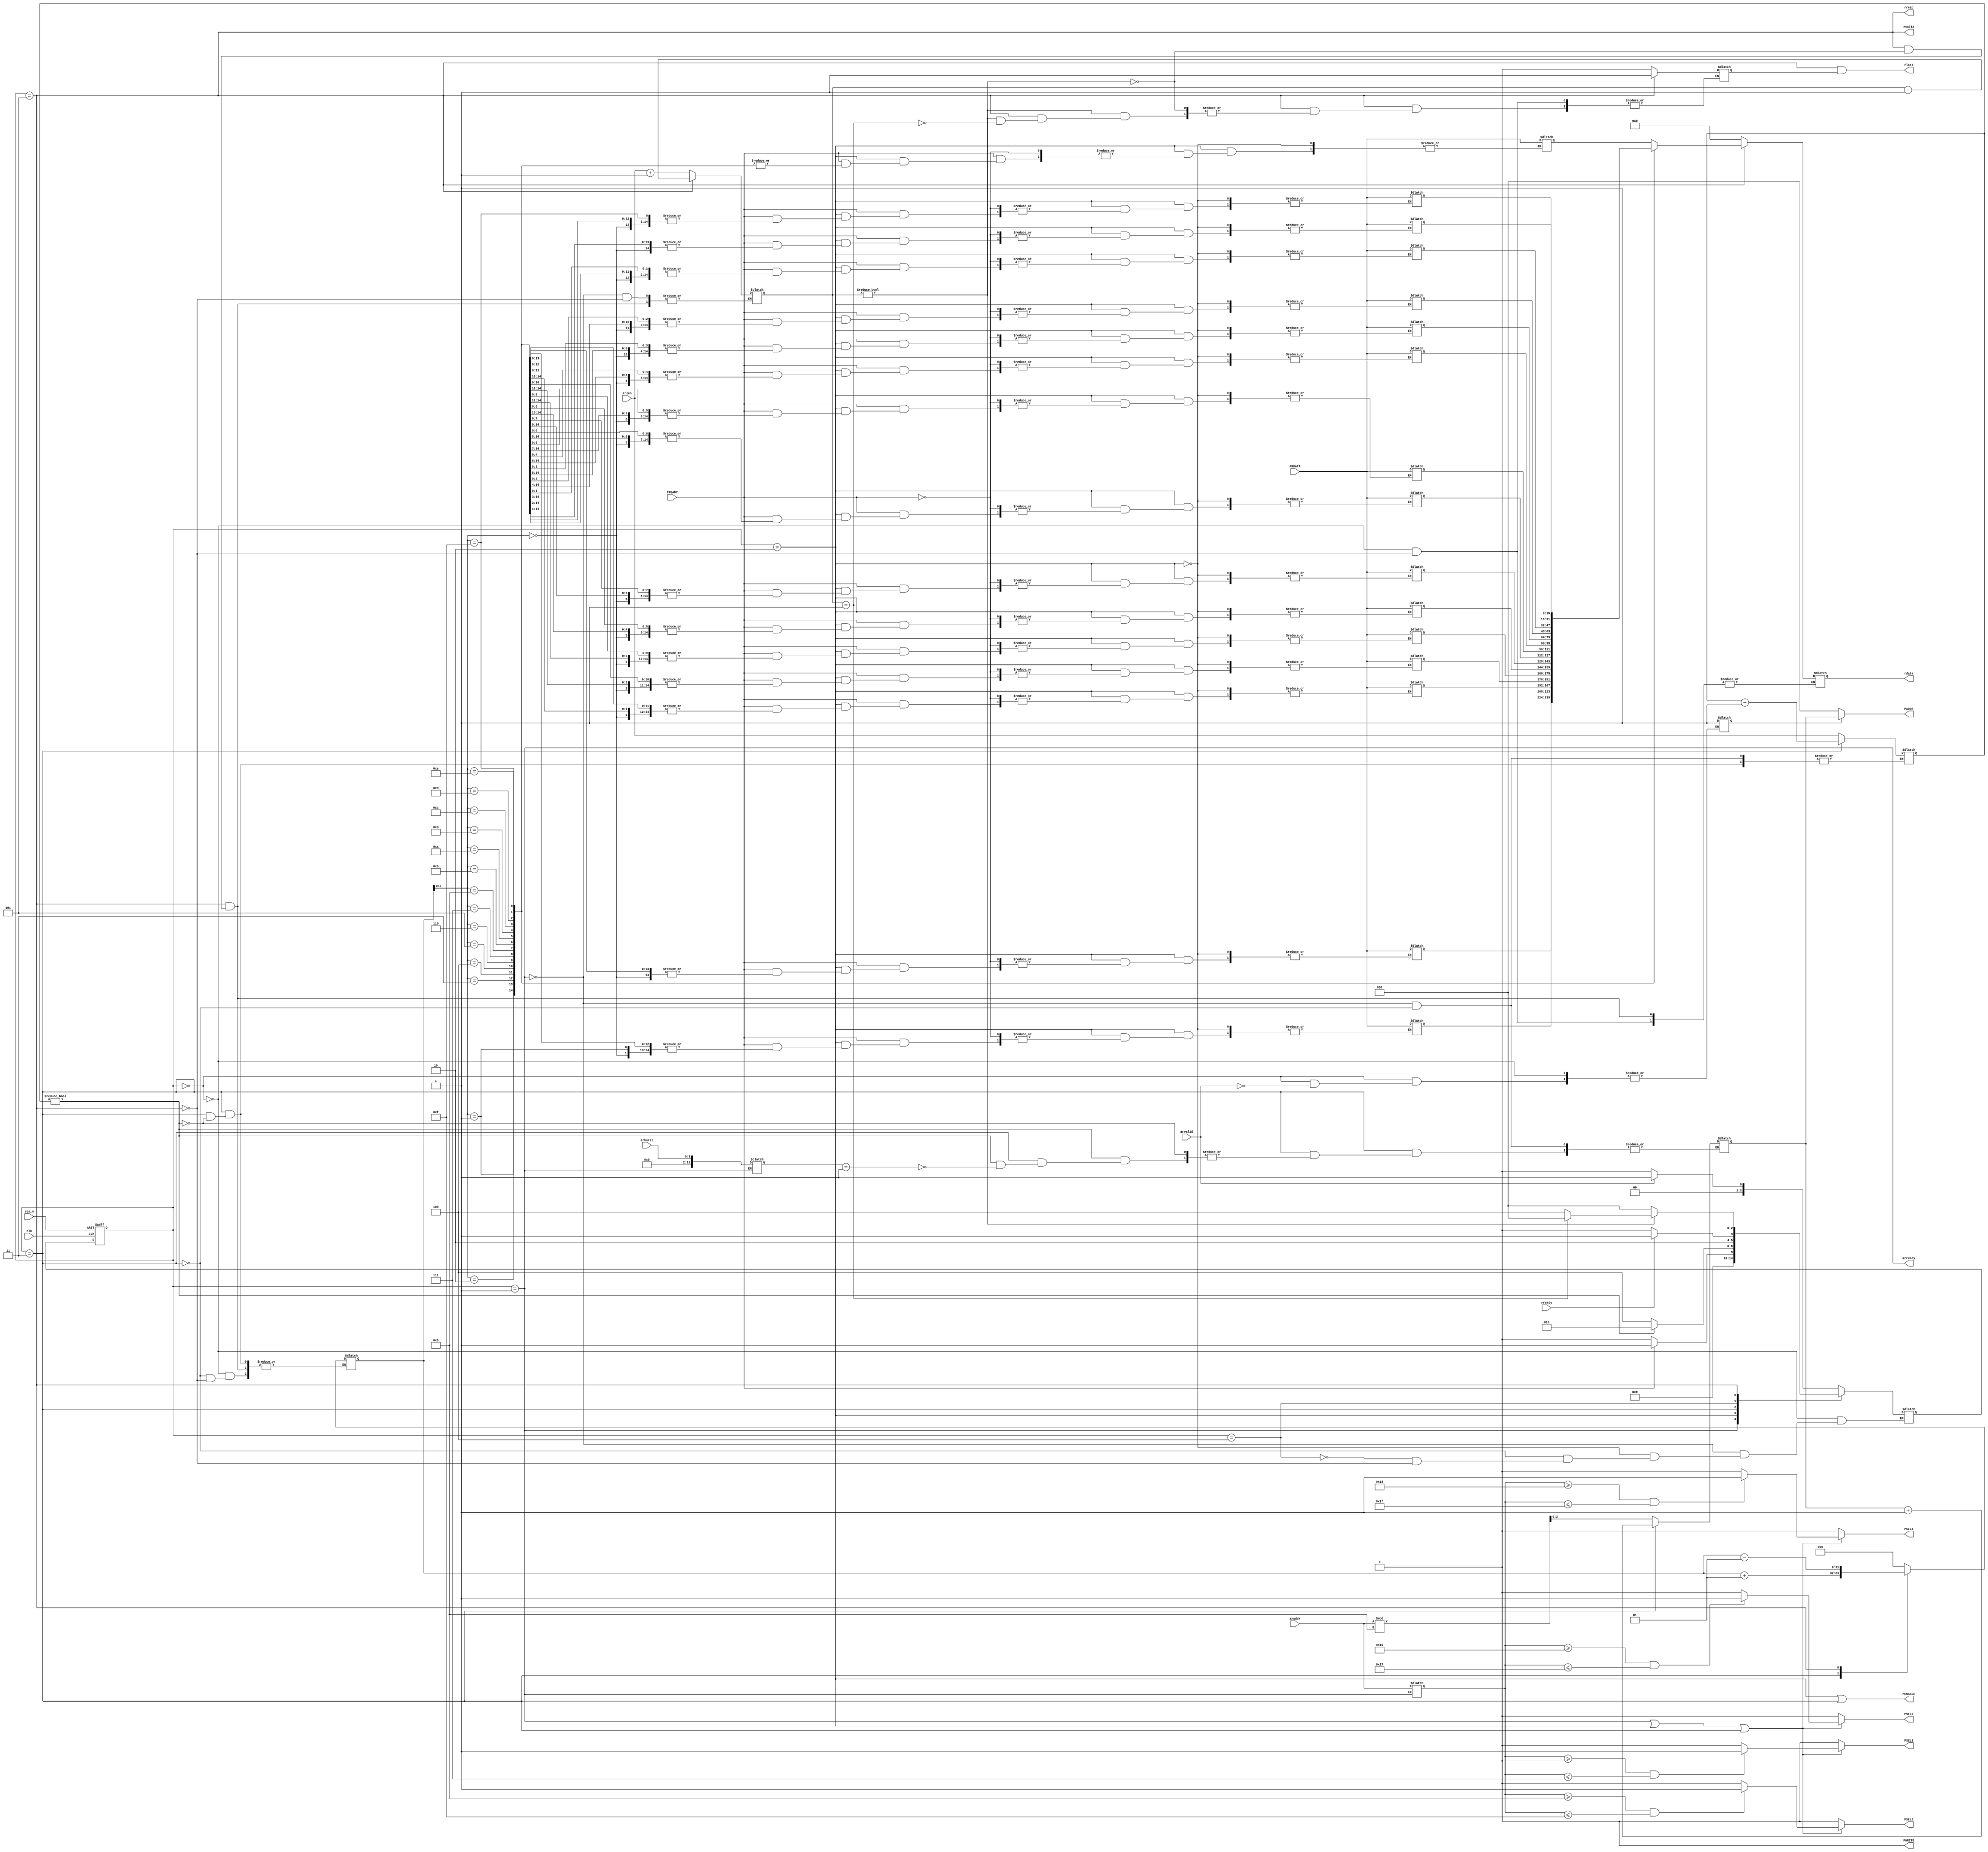
`timescale 1ns / 1ps

module bridge(
input clk,arvalid,res_n,
input [1:0]arburst,
//input [2:0]arsize,
input [3:0]arlen,
input [4:0]araddr,
output arready,
output reg [15:0]rdata,
output rresp,rlast,
input rready,
output rvalid,

//input PCLK,
output [2:0]PADDR,
//output [15:0]PWDATA,
input [15:0]PRDATA,
output PWRITE,PENABLE,PSEL1,PSEL2,PSEL3,PSEL4,
input PREADY
    );
    
    parameter IDLE = 3'b000,SETUP_M = 3'b001,SETUP_S = 3'b010,
              ACCESS_S = 3'b011,PREACCESS_M = 3'b100,ACCESS_M = 3'b101;
    reg [2:0]current_state,next_state=IDLE;
    reg [1:0]DWREQ = 0;
    reg [12:0]burst;
    reg [3:0]lenS;
    reg [3:0]lenM;
    reg [4:0]addr;
    reg [15:0]DDATA[15:0];
    reg [2:0]DADDR = 0;
    integer i = 0;
    reg last;
    
//    initial
//      begin
//        DDATA[0] = 16'h00;
//        DDATA[1] = 16'h00;
//        DDATA[2] = 16'h00;
//        DDATA[3] = 16'h00;
//        DDATA[4] = 16'h00;
//        DDATA[5] = 16'h00;
//        DDATA[6] = 16'h00;
//      end 
    
    always@(posedge clk,negedge res_n)
    begin
      if(!res_n)
        current_state <= IDLE;
      else 
        current_state <= next_state;
    end
    
    
    always@(arvalid,current_state,rready,PREADY)
    begin
      case(current_state)
        IDLE : begin
                 i = 0;
                 last = 0;
                 rdata = 0;
                 if(arvalid)
                   begin
                     next_state <= SETUP_M; 
                     DWREQ = 2'b01;
                   end
                 else
                     next_state <=IDLE;   
               end
        SETUP_M : begin
                    addr = araddr;
                    burst = arburst;
                    lenS = arlen; 
                    lenM = arlen + 1;
                    //address translation
                    DADDR = addr % 8;
                    next_state <= SETUP_S;                   
                  end
        
        SETUP_S : begin
                    if(PREADY)
                      begin
                        DDATA[i] = PRDATA;
                        next_state <= ACCESS_S;
                      end 
                    else 
                      next_state <= SETUP_S;
                  end  
                  
        ACCESS_S : begin
                     if(lenS != 0)
                       begin
                         case(burst)
                         2'b00 : DADDR = DADDR;
                         2'b01 : DADDR = DADDR + 1;
                         endcase 
                       lenS = lenS - 1;
                       i = i + 1;
                       next_state <= SETUP_S; 
                       end
                     else 
                       next_state <= PREACCESS_M;
                   end
                   
        PREACCESS_M : begin
                        if(rready)
                          next_state <= ACCESS_M;
                        else 
                          next_state <= PREACCESS_M; 
                      end 
                      
        ACCESS_M : begin
                     if(lenM != 0)
                       begin
                         next_state <= PREACCESS_M;
                         if(lenM == 4'd1)
                           begin
                             last = 1;
                             next_state <= IDLE;
                           end
                         rdata = DDATA[i];
                         i = i - 1;
                         lenM = lenM - 1;
                       end
                     else 
                       next_state <= IDLE;
                   end
      endcase 
    end
    
    assign arready = (current_state == SETUP_M);
    assign PADDR = DWREQ[0] ? DADDR : 3'd0;
    assign PSEL1 = (current_state == SETUP_M || current_state == SETUP_S || current_state == ACCESS_S)?((addr >= 5'b00000 && addr <= 5'b00111) ? 1 : 0) : 0;
    assign PSEL2 = (current_state == SETUP_M || current_state == SETUP_S || current_state == ACCESS_S)?((addr >= 5'b01000 && addr <= 5'b01111) ? 1 : 0) : 0;
    assign PSEL3 = (current_state == SETUP_M || current_state == SETUP_S || current_state == ACCESS_S)?((addr >= 5'b10000 && addr <= 5'b10111) ? 1 : 0) : 0;
    assign PSEL4 = (current_state == SETUP_M || current_state == SETUP_S || current_state == ACCESS_S)?((addr >= 5'b11000 && addr <= 5'b11111) ? 1 : 0) : 0;
    assign PWRITE = (DWREQ[1] && (PSEL1 || PSEL2 || PSEL3 || PSEL4));
    assign PENABLE = (current_state == SETUP_S || current_state == ACCESS_S);
    assign rresp = (current_state == ACCESS_M);
    assign rlast = (rresp && last);
    assign rvalid = (current_state == ACCESS_M);
    
endmodule